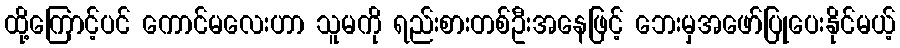
ထို့ကြောင့်ပင် ကောင်မလေးဟာ သူမကို ရည်းစားတစ်ဦးအနေဖြင့် ဘေးမှအဖော်ပြုပေးနိုင်မယ့်